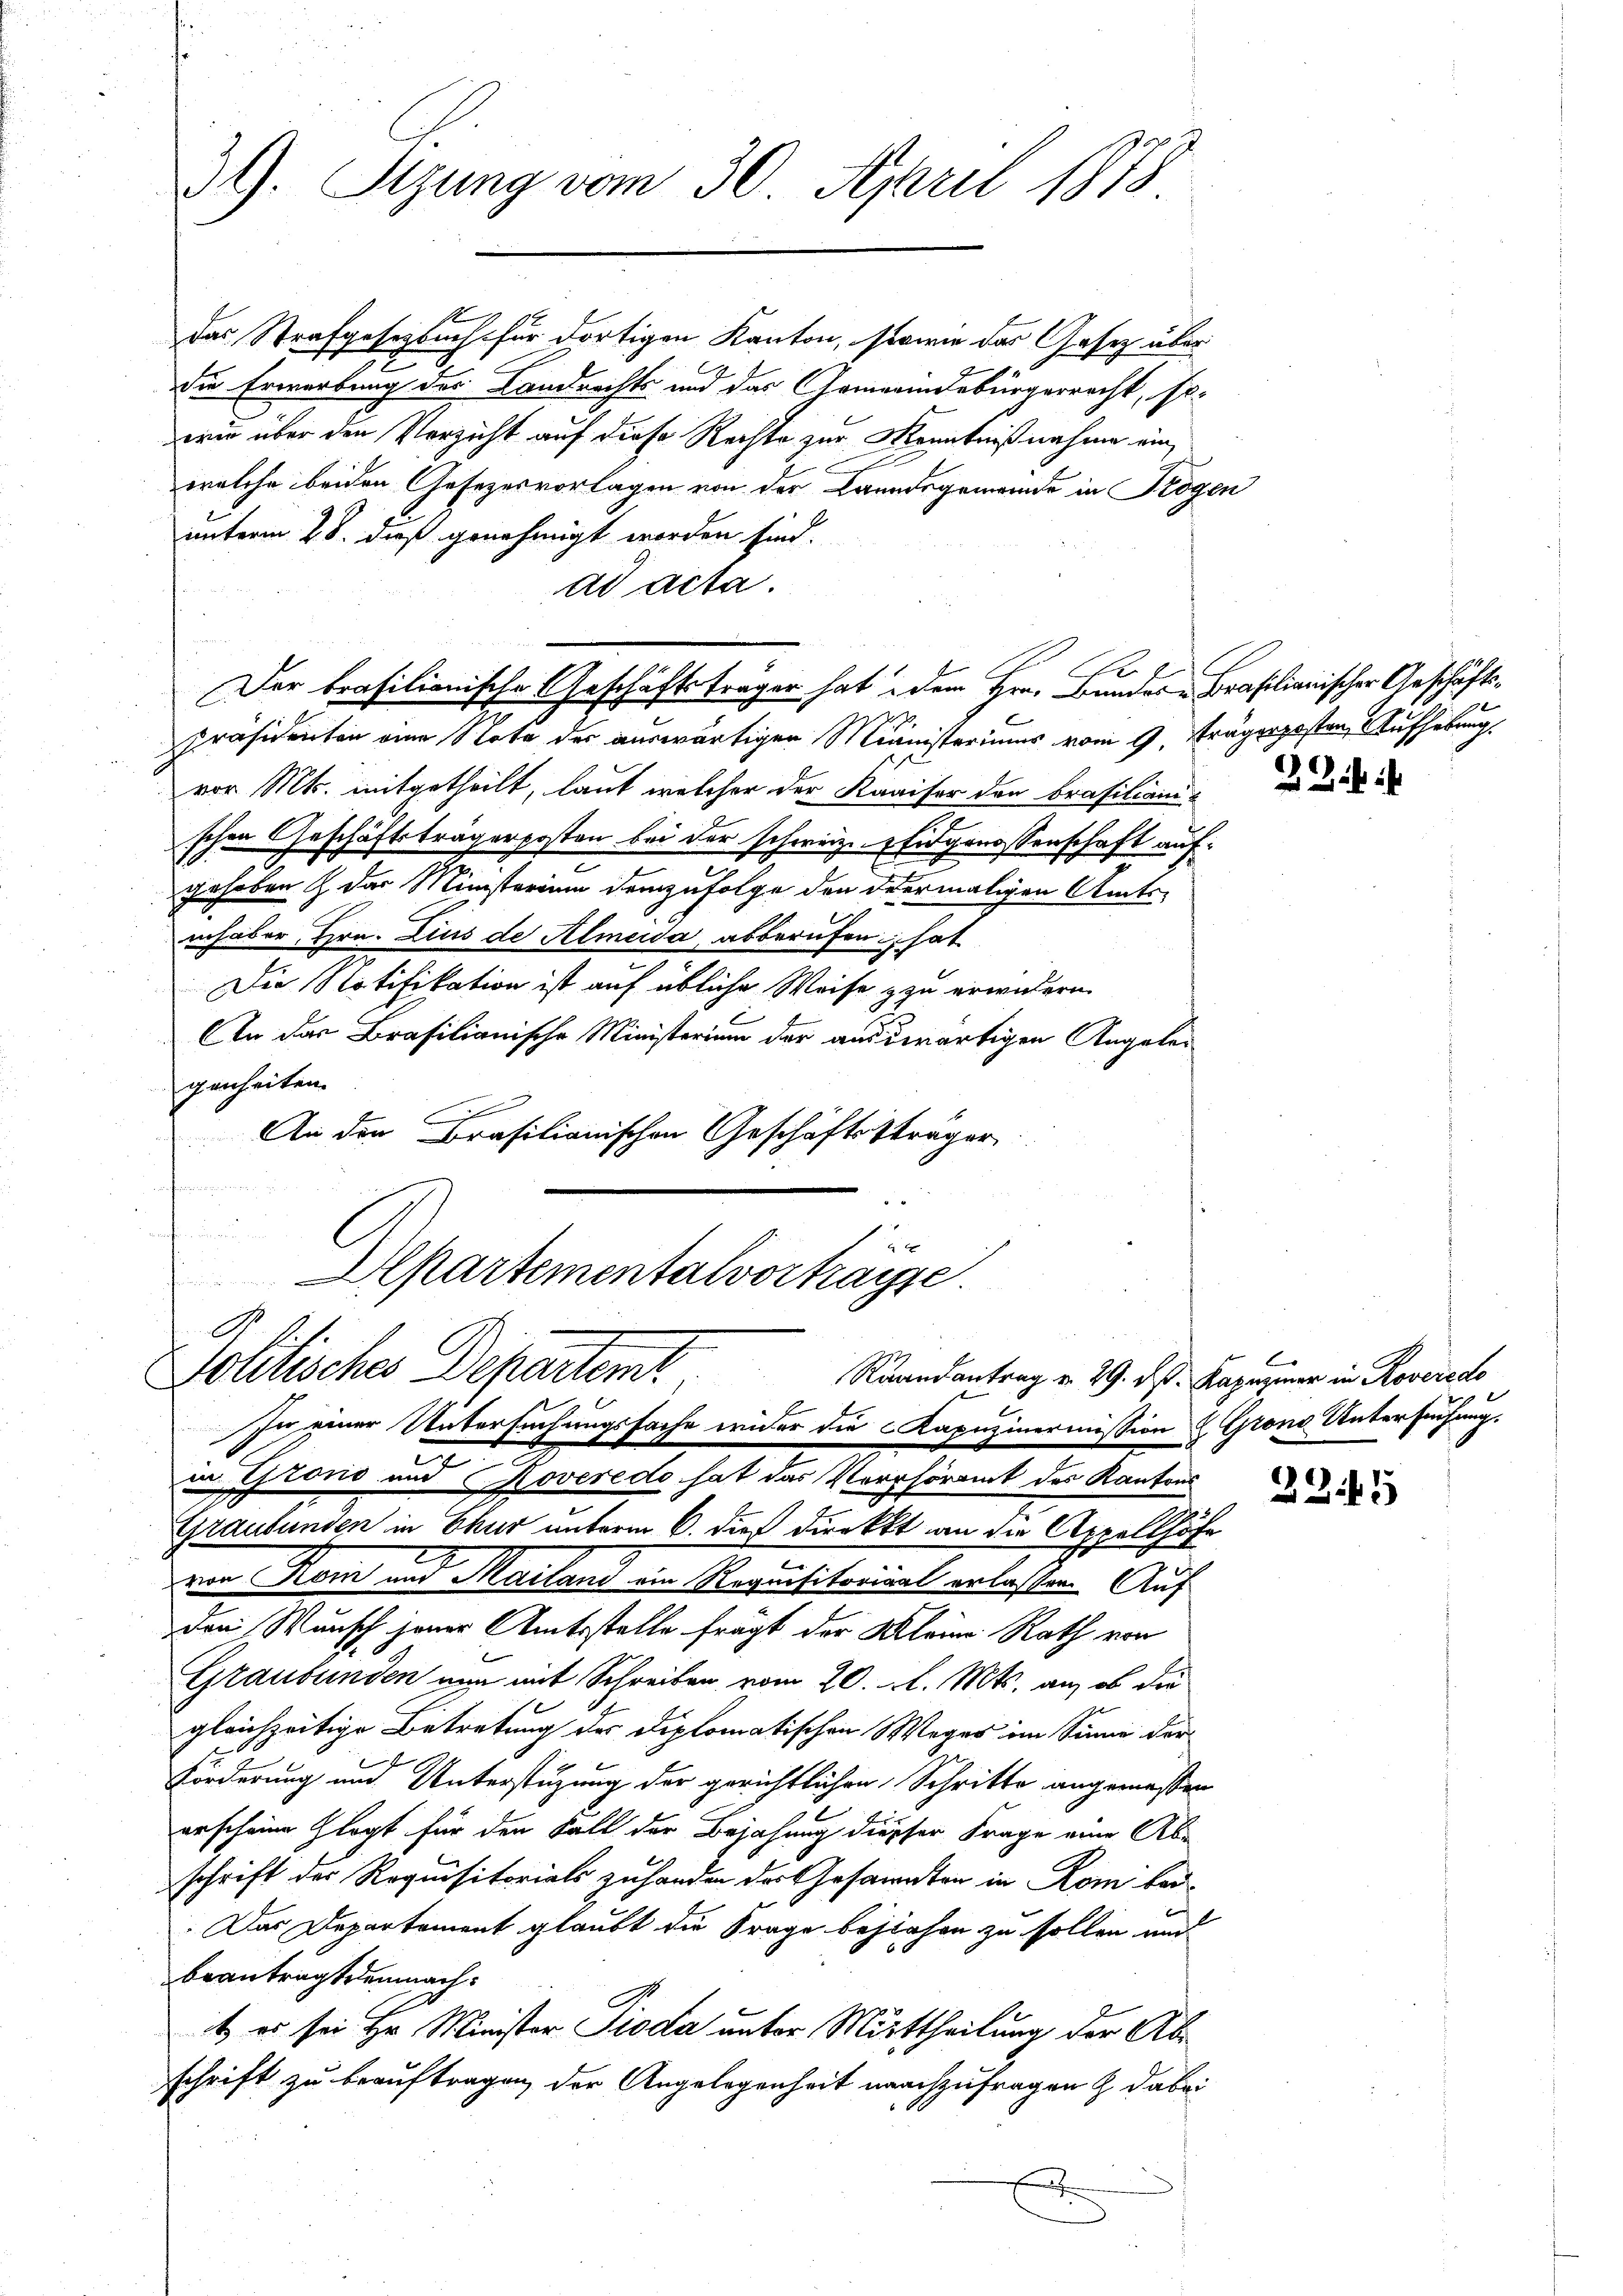
39. Sizung vom 30. April 1878

das Strafgesetzbuch für dortigen Kanton, sowie das Gastz über
die Erwartung des Landrechts und das Gemeindebürgerrecht, sowie über den Verzicht auf diese Rechte zur Kenntnißnahme einwelche beiden Gesezesvorlagen von der Laundsgemeinde in Krögen
unterm 28. dieß genehmigt worden sind.
ad acta.
Präsidenten eine Note des auswärtigen Ministeriums vom 9. Trägerposten Aufhebung,
vor Mts. mitgetheilt, laut welcher der Kaaiser den Brasiliani
schen Geschäftsträgerposten bei der schweiz. Eidgenossenschaft auf¬
2
gehoben & der Ministerium demzufolge den dermaligen Amts
inhaber, Hrn. Lius de Almeida abberufen hat
Die Notifikation ist auf übliche Weise zu erwickern.
E
An der Brasilianische Ministerium der ausderartigen Angeler
genheiten.
An den Brasilianischen Geschäftssträger
fammen
ehen un

Der brasilionische Geschäftsträger hat dem Hrn. Bundes Brasilianischer Geschäfts¬

x

Apartementalvorträge.
A.
Solitisches Departemt

In einer Untersuchungsfache wider die Kapuzinermission & Grons Untersuchung.
e
in Grono und Koveredo hat das Verhöramt des Kantons
Graubünden in Chur unterm 6. dieß direkt an die Appellhöfe
von Rom und Mailand ein Requisitorial erlassen. Auf
den Wunsch jener Amtsstelle frägt der Kleine Rath von
Graubünden nun mit Schreiben vom 20. d. Mts. an, ob die
gleichzeitige Betretung des Diplomatischen Weges im Sinne der
Förderung und Unterstüzung der gerichtlichen Schritte angemessen
erscheine Glogt für den Fall der Bejahung diesser Frage eine Abe
schrift der Requisitorials zuhanden der Gesammten in Rom bei
Das Departement glaubt die Frage beziehen zu sollen und
beantragt demnacht es sei Hr. Minister Pioda unter Mittheilung der Abschrift zu beauftragen der Angelegenheit nachzufragen & dabei
x

2244

¬

Raandantrag v. 29. ds. Kapuziner in Roveredo
e